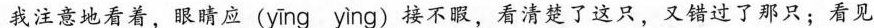
我注意地看着，眼睛应(yīng yìng)接不暇，看清楚了这只，又错过了那只；看见